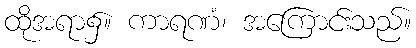
ထိုအရာ၌။ ကာရဏံ၊ အကြောင်းသည်။